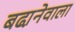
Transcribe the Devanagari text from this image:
बढा़नेवाला